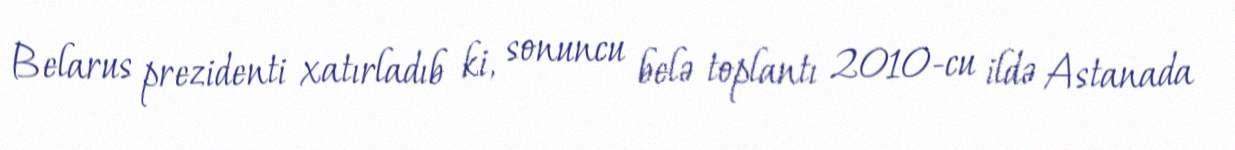
Belarus prezidenti xatırladıb ki, sonuncu belə toplantı 2010-cu ildə Astanada